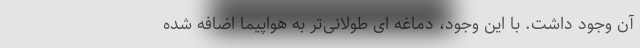
آن وجود داشت. با این وجود، دماغه ای طولانی‌تر به هواپیما اضافه شده